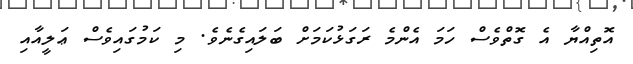
އޮތިއްޔާ އެ ގޮތްވެސް ހަމަ އެންމެ ރަގަޅުކަމަށް ބަލައިގެނެވެ. މި ކަމުގައިވެސް ޢަލީއާއި